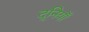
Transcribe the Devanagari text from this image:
दूनियाँ